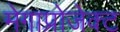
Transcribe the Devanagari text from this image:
मेगाप्रोजेक्ट